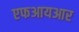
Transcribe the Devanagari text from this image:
एफआयआर